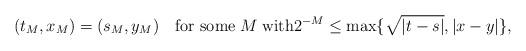
LaTeX: \begin{align*}(t_M,x_M)=(s_M,y_M)\quad\mbox{for some}\;M\;\mbox{with}2^{-M}\le\max\{\sqrt{|t-s|},|x-y|\},\end{align*}